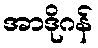
အာဒိုဂန်